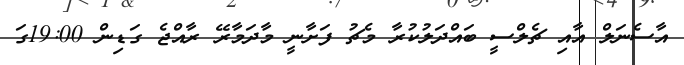
އާސެނަލް އާއި ޗެލްސީ ބައްދަލުކުރާ މެޗު ފަށާނީ މާދަމާރޭ ރާއްޖެ ގަޑިން 19:00ގަ